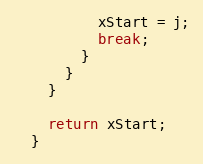
Language: Java
          xStart = j;
          break;
        }
      }
    }

    return xStart;
  }